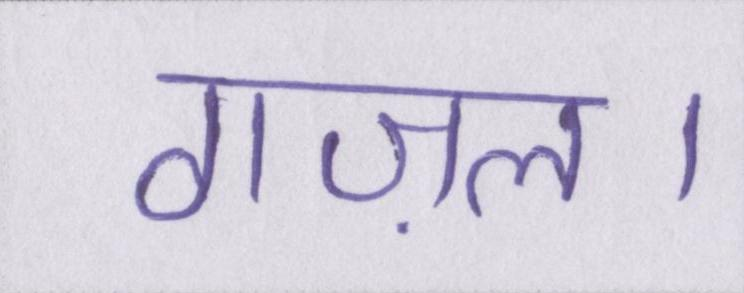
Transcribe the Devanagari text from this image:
गज़ल।